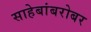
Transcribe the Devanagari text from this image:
साहेबांबरोबर